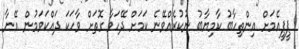
ޕީޕީއެމަށް އިންތިހާބު ކާމިޔާބު ނުކުރެއްވޭނެ ކަމަށް ދޭހަވާ ގޮތަށް ވާހަކަ ދައްކަވަމުން އޭނާ